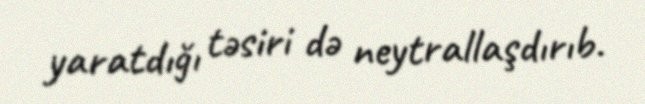
yaratdığı təsiri də neytrallaşdırıb.